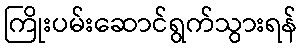
ကြိုးပမ်းဆောင်ရွက်သွားရန်